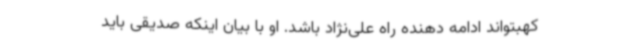
کهبتواند ادامه دهنده راه علی‌نژاد باشد. او با بیان اینکه صدیقی باید